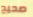
صحيح